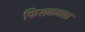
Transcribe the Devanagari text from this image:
फिसकटला